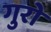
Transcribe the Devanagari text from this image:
गुरो